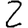
Digit: 2